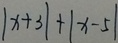
\vert x + 3 \vert + \vert x - 5 \vert